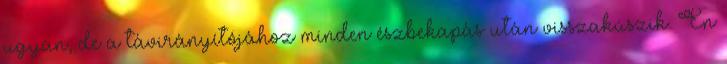
ugyan, de a távirányítójához minden észbekapás után visszakúszik. Én